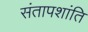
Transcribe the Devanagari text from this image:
संतापशांति